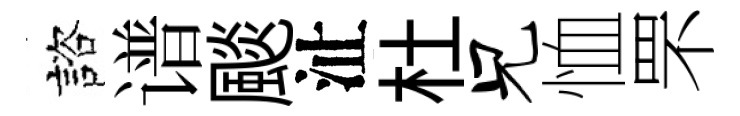
諮谱颷沚杜兄恤罘